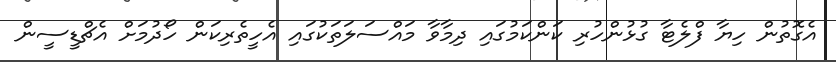
އެގޮތުން ހިޔާ ފްލެޓާ ގުޅުންހުރި ކަންކަމުގައި ދިމާވާ މައްސަލަތަކުގައި އެހީތެރިކަން ހޯދުމަށް އެޗްޑީސީން